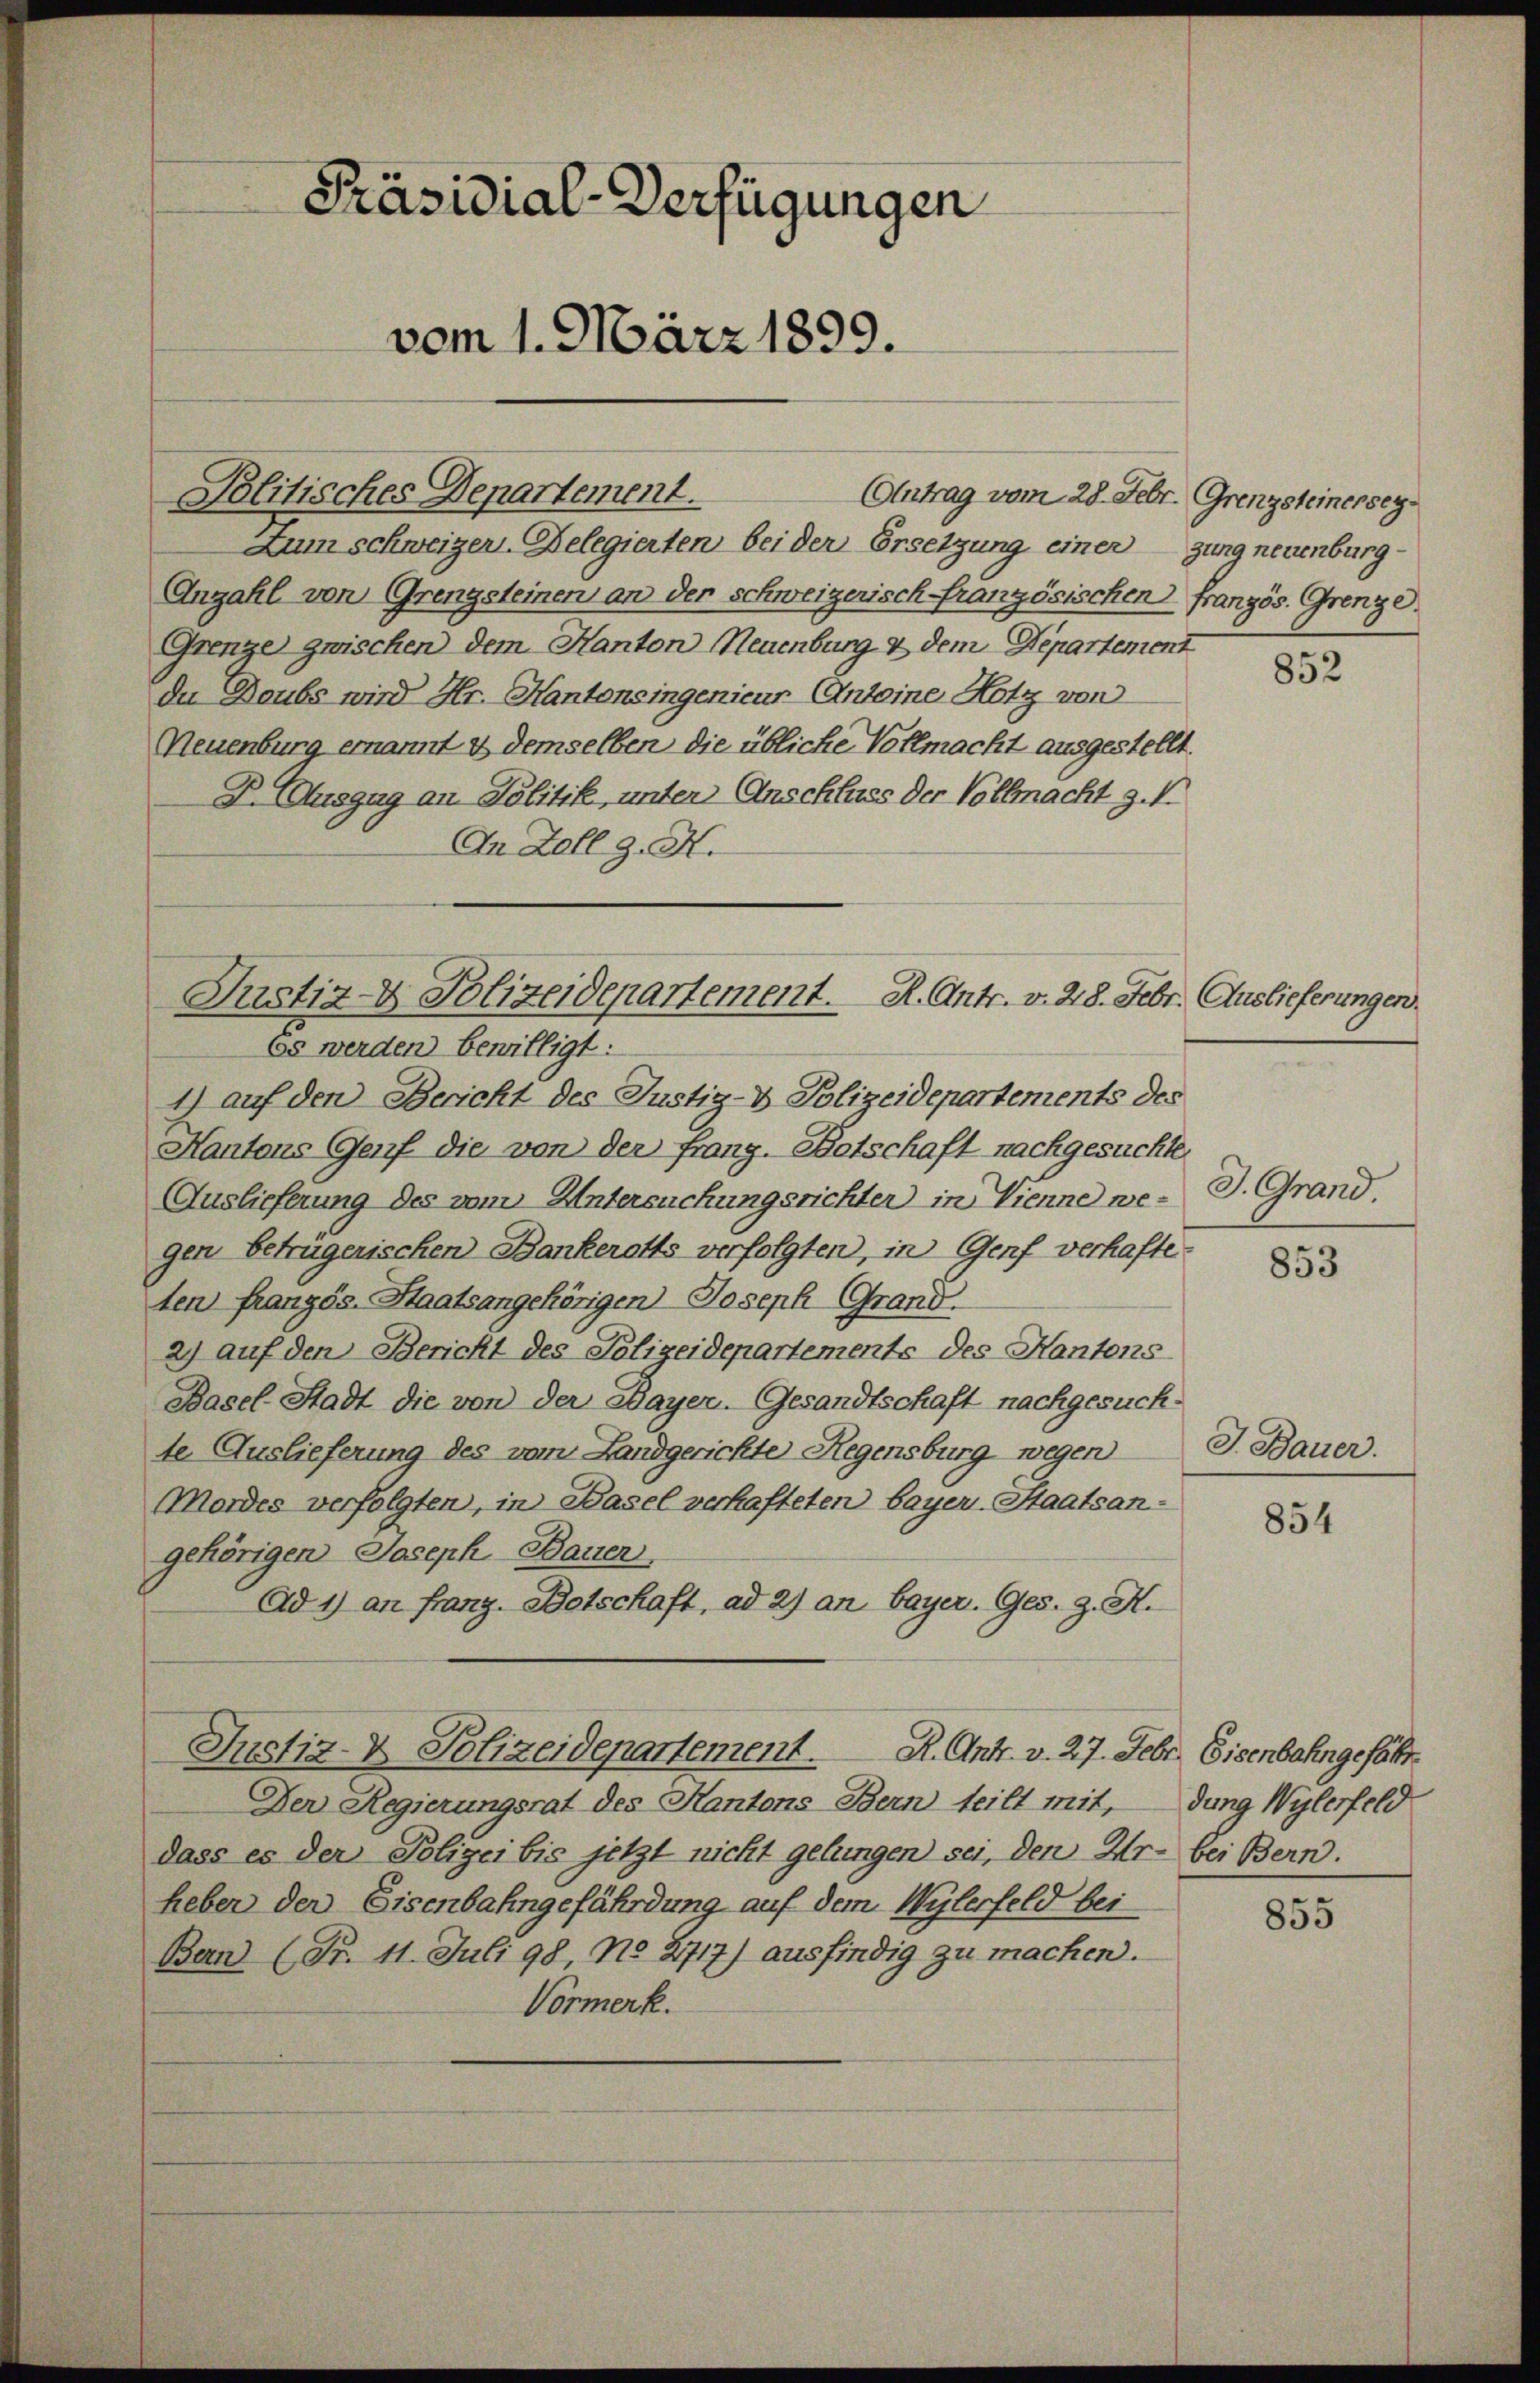
Präsidial-Verfügungen
vom 1. März 1899.

Politisches Departement.
Zum schweizer-Belegierten bei der Ersetzung einer
Anzahl von Grenzsteinen an der schweizerisch-französischen französ. Grenze.
Grenze zwischen dem Kanton Neuenburg & dem Departement
du Doubs wird Hr. Kantonsingenieur Antoine Hotz von
Neuenburg ernannt & demselben die übliche Vollmacht ausgestellt.
D. Auszug an Politik, unter Anschluss der Vollmacht z. T.
In Zollg. H.
Justiz- & Polizeidepartement. R. Antr. v. 28. Febr. Auslieferungen.
Es werden bewilligt:
1) auf den Bericht des Justiz- & Polizeidepartements des

Kantons Genf die von der frang. Botschaft nachgesuchte
Auslieferung des vom Untersuchungsrichter in Vienne wegen betrügerischen Bankerotts verfolgten, in Genf verhafteten französ. Staatsangehörigen Joseph Grand
2) auf den Bericht des Polizeidepartements des Kantons-
Basel-Stadt die von der Bayer. Gesandtschaft nachgesuch-
te Auslieferung des vom Landgerichte Regensburg wegen
Mordes verfolgten, in Basel verhafteten bayer-Staatsangehörigen Joseph Bauer
Ad 1) an Franz. Botschaft, ad 2) an bayer. Ges. z. H.

Der Regierungsrat des Kantons Bern teilt mit,
dass es der Polizei bis jetzt nicht gelungen sei, den Ur- bei Bern.
heber der Eisenbahngefährdung auf dem Wylerfeld bei
Ban (Fr. 11. Juli 98. No 2717) ausfindig zu machen.
Vormerk.

Justiz- & Polizeidepartement. R. Antr. v. 27. Febr. Eisenbahngefähr.

Antrag vom 28. Febr. Grenzsteinerseyzung neuenburg.

852

J. Grand.

853

J. Bauer.

854

dung Wylerfeld

855